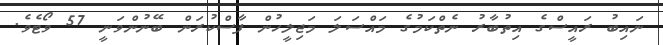
ނައިބު ރައީސްގެ އިތުބާރު ނެތްކަމުގެ މައްސަލަ މަޖިލީހުން ފާސްކުރަން ބޭނުންވަނީ 57 ވޯޓެވެ.